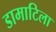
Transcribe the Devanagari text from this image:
डामाटिला